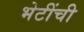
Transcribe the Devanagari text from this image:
भेटींची